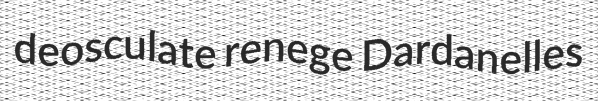
deosculate renege Dardanelles